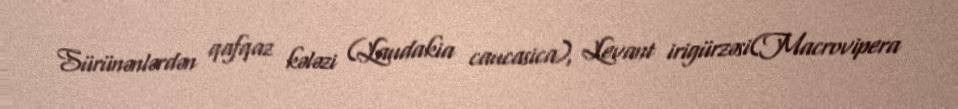
Sürünənlərdən qafqaz kələzi (Laudakia caucasica), Levant irigürzəsi(Macrovipera